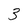
Character: 3